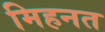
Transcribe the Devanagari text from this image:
मिहनत